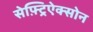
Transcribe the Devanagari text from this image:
सेफ़्ट्रिऐक्सोन